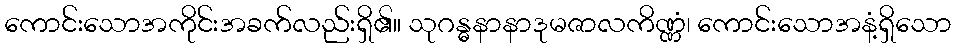
ကောင်းသောအကိုင်းအခက်လည်းရှိ၏။ သုဂန္ဓနာနာဒုမဇာလကိဏ္ဏံ၊ ကောင်းသောအနံ့ရှိသော